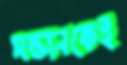
সন্তানকেই